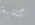
كندية